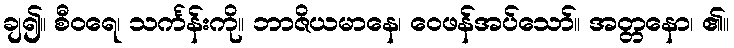
ချ၍။ စီဝရေ၊ သင်္ကန်းကို။ ဘာဇိယမာနေ၊ ဝေဖန်အပ်သော်။ အတ္တနော၊ ၏။